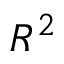
R ^ { 2 }